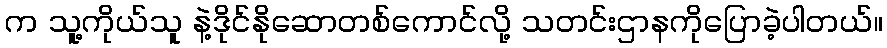
က သူ့ကိုယ်သူ နဲ့ဒိုင်နိုဆောတစ်ကောင်လို့ သတင်းဌာနကိုပြောခဲ့ပါတယ်။